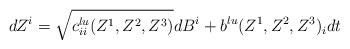
LaTeX: \begin{align*} dZ^i = \sqrt{c^{lu}_{ii}(Z^1,Z^2,Z^3)} dB^i + b^{lu}(Z^1,Z^2,Z^3)_i dt\end{align*}